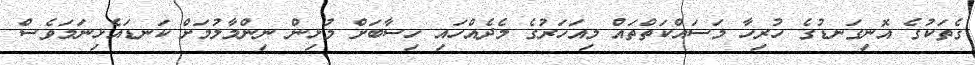
ގެތަކުގެ އޮނިގަނޑުގެ ހުރިހާ މަސައްކަތްތައް މިއަހަރުގެ މެދެއްހައި ހިސާބަށް މުޅިން ނިންމާލުމަށް ކަނޑައެޅިނަމަވެސް